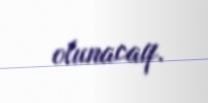
olunacaq.